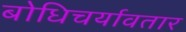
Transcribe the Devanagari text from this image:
बोधिचर्यावतार